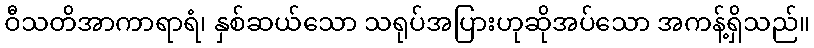
ဝီသတိအာကာရာရံ၊ နှစ်ဆယ်သော သရုပ်အပြားဟုဆိုအပ်သော အကန့်ရှိသည်။